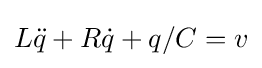
L{\ddot {q}}+R{\dot {q}}+q/C=v